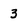
Character: 3